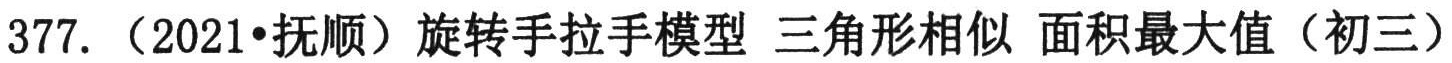
377. （2021•抚顺）旋转手拉手模型 三角形相似 面积最大值（初三）